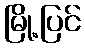
မြို့ပြင်